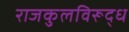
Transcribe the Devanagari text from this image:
राजकुलविरूद्ध